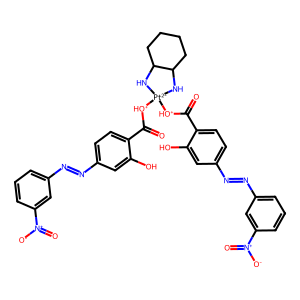
SMILES: O=C([OH+][Pt-2]1([OH+]C(=O)c2ccc(N=Nc3cccc([N+](=O)[O-])c3)cc2O)NC2CCCCC2N1)c1ccc(N=Nc2cccc([N+](=O)[O-])c2)cc1O
Inhibits HIV replication: No